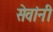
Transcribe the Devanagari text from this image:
सेवांनी